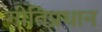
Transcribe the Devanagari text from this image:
गीतिप्रधान